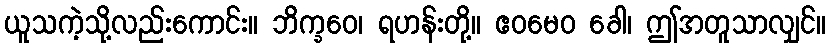
ယူသကဲ့သို့လည်းကောင်း။ ဘိက္ခဝေ၊ ရဟန်းတို့။ ဧဝမေဝ ခေါ၊ ဤအတူသာလျှင်။